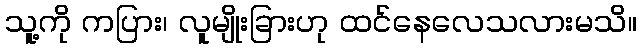
သူ့ကို ကပြား၊ လူမျိုးခြားဟု ထင်နေလေသလားမသိ။